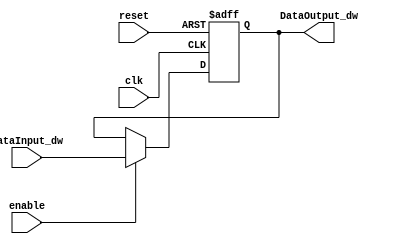
/******************************************************************
* Description
*	This the basic register that is used in the pipeline register
*	It's identical to the other register hardware except it is
*	triggered by negative edge
*	1.0
* Author:
*	Mariana Chvez Medina
*	Daro Arias Muoz
* Date:
*	23/04/2020
******************************************************************/
module RegisterPipeline
#(
	parameter N=32
)
(
	input clk,
	input reset,
	input enable,
	input  [N-1:0] DataInput_dw,
	
	
	output reg [N-1:0] DataOutput_dw
);

always@(negedge reset or negedge clk) begin
	if(reset == 0)
		DataOutput_dw <= 0;
	else	
		if(enable == 1)
			DataOutput_dw <= DataInput_dw;
end

endmodule
//register//